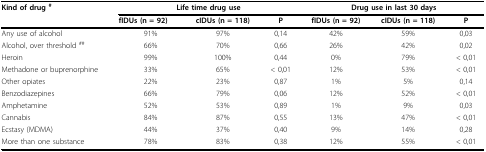
| Kind of drug # | <COLSPAN=3> <underline>Life time drug use</underline> | <COLSPAN=3> <underline>Drug use in last 30 days</underline> |
 |  | fIDUs (n = 92) | cIDUs (n = 118) | P | fIDUs (n = 92) | cIDUs (n = 118) | P |
 | --- | --- | --- | --- | --- | --- | --- |
 | Any use of alcohol | 91% | 97% | 0,14 | 42% | 59% | 0,03 |
 | Alcohol, over threshold ## | 66% | 70% | 0,66 | 26% | 42% | 0,02 |
 | Heroin | 99% | 100% | 0,44 | 0% | 79% | < 0,01 |
 | Methadone or buprenorphine | 33% | 65% | < 0,01 | 12% | 53% | < 0,01 |
 | Other opiates | 22% | 23% | 0,87 | 1% | 5% | 0,14 |
 | Benzodiazepines | 66% | 79% | 0,06 | 12% | 52% | < 0,01 |
 | Amphetamine | 52% | 53% | 0,89 | 1% | 9% | 0,03 |
 | Cannabis | 84% | 87% | 0,55 | 13% | 47% | < 0,01 |
 | Ecstasy (MDMA) | 44% | 37% | 0,40 | 9% | 14% | 0,28 |
 | More than one substance | 78% | 83% | 0,38 | 12% | 55% | < 0,01 |